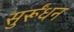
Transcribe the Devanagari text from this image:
सुर्रूंधन